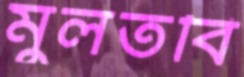
মুলতবি